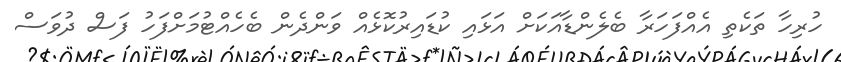
ހުރިހާ ތަކެތި އެއްފަހަރާ ބެލެންޑާއަކަށް އަޅައި ކުޑައިރުކޮޅެއް ވަންދެން ބެހެއްޓުމަށްފަހު ފަސް ދުވަސް